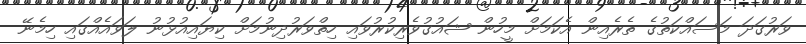
ވަރުގަދަ މަސައްކަތުގެ ތެރެއިން އެކަމަށް މީހުން ޝައުގުވެރިކުރުވައި ހިތްވަރުދިނުމަށް ކިޔައިއުޅުނު ލަވައެއްގައި ހިމެނޭ